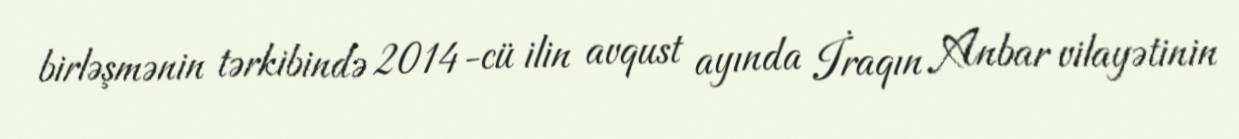
birləşmənin tərkibində 2014-cü ilin avqust ayında İraqın Anbar vilayətinin